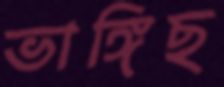
ভাঙ্গিছ